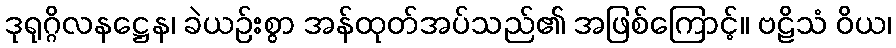
ဒုရုဂ္ဂိလနဋ္ဌေန၊ ခဲယဉ်းစွာ အန်ထုတ်အပ်သည်၏ အဖြစ်ကြောင့်။ ဗဠိသံ ဝိယ၊